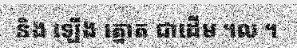
និង ឡើង ត្នោត ជាដើម ។ល ។